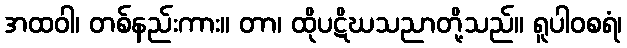
အထဝါ၊ တစ်နည်းကား။ တာ၊ ထိုပဋိဃသညာတို့သည်။ ရူပါဝစရံ၊